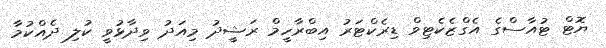
ޔޮޓް ޓުއާސްގެ އެގްޒެކެޓިވް ޑިރެކްޓަރު އިބްރާހީމް ރަޝީދު މިއަދު ވިދާޅުވީ ކުލި ދެއްކުމާ